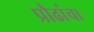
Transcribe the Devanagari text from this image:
प्रौढांचा